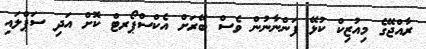
ރާއްޖޭގެ މިއުޒިކް ކުޅޭ ފަންނާނުން ވެސް ބޭރަށް އެކްސްޕޯރޓް ކޮށް އަދި ސަޕްލައި